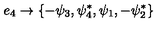
{ e _ { 4 } } \rightarrow \{ - \psi _ { 3 } , \psi _ { 4 } ^ { * } , \psi _ { 1 } , - \psi _ { 2 } ^ { * } \}